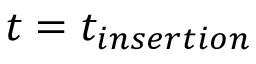
t = t _ { i n s e r t i o n }